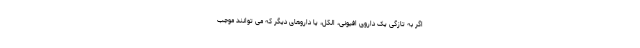
اگر به تازگی یک داروی افیونی، الکل، یا داروهای دیگر که می توانند موجب